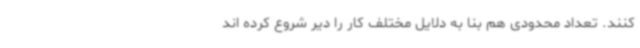
کنند. تعداد محدودی هم بنا به دلایل مختلف کار را دیر شروع کرده اند